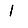
Digit: 1